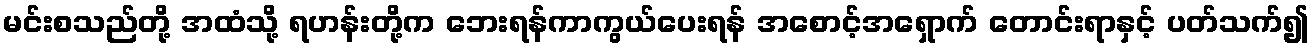
မင်းစသည်တို့ အထံသို့ ရဟန်းတို့က ဘေးရန်ကာကွယ်ပေးရန် အစောင့်အရှောက် တောင်းရာနှင့် ပတ်သက်၍